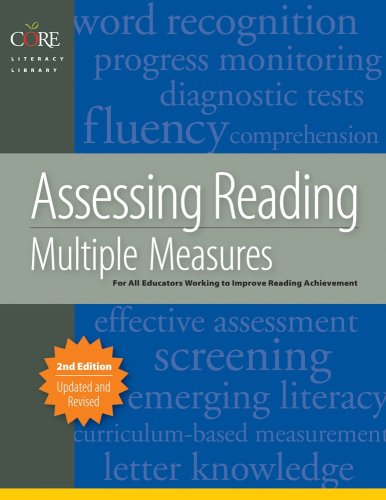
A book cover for Assessing Reading Multiple Measures, 2nd Edition; Linda Diamond; Education & Teaching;